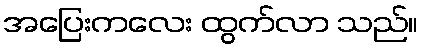
အပြေးကလေး ထွက်လာ သည်။